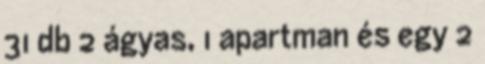
31 db 2 ágyas, 1 apartman és egy 2